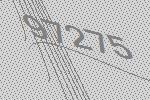
97275